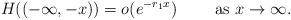
LaTeX: \begin{align*}H((-\infty,-x))=o(e^{-r_1 x})\qquad\mbox{ as }x\to\infty.\end{align*}